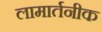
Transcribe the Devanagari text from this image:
लामार्तनीक